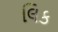
લિક